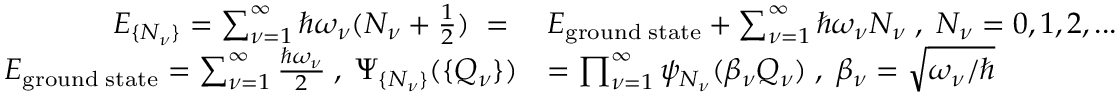
\begin{array} { r l } { E _ { \{ N _ { \nu } \} } = \sum _ { \nu = 1 } ^ { \infty } \hbar \omega _ { \nu } ( N _ { \nu } + \frac { 1 } { 2 } ) \; = \; } & { E _ { \mathrm { g r o u n d \; s t a t e } } + \sum _ { \nu = 1 } ^ { \infty } \hbar \omega _ { \nu } N _ { \nu } \; , \; N _ { \nu } = 0 , 1 , 2 , . . . } \\ { E _ { \mathrm { g r o u n d \; s t a t e } } = \sum _ { \nu = 1 } ^ { \infty } \frac { \hbar \omega _ { \nu } } { 2 } \; , \; \Psi _ { \{ N _ { \nu } \} } ( \{ Q _ { \nu } \} ) } & { = \prod _ { \nu = 1 } ^ { \infty } \psi _ { N _ { \nu } } ( \beta _ { \nu } Q _ { \nu } ) \; , \; \beta _ { \nu } = \sqrt { \omega _ { \nu } / \hbar } } \end{array}